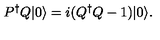
P ^ { \dagger } Q | 0 \rangle = i ( Q ^ { \dagger } Q - 1 ) | 0 \rangle .